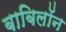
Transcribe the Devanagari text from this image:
बाबिलॉन